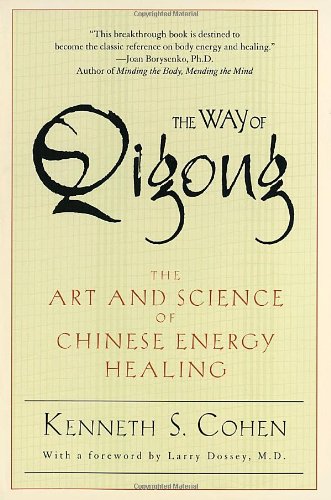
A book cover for The Way of Qigong: The Art and Science of Chinese Energy Healing; Ken Cohen; Health, Fitness & Dieting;